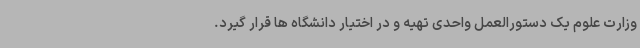
وزارت علوم یک دستورالعمل واحدی تهیه و در اختیار دانشگاه ها قرار گیرد.